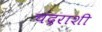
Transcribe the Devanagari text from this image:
चंद्रराशी